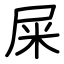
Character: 屎